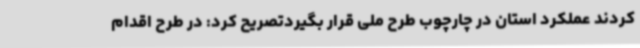
کردند عملکرد استان در چارچوب طرح ملی قرار بگیردتصریح کرد: در طرح اقدام